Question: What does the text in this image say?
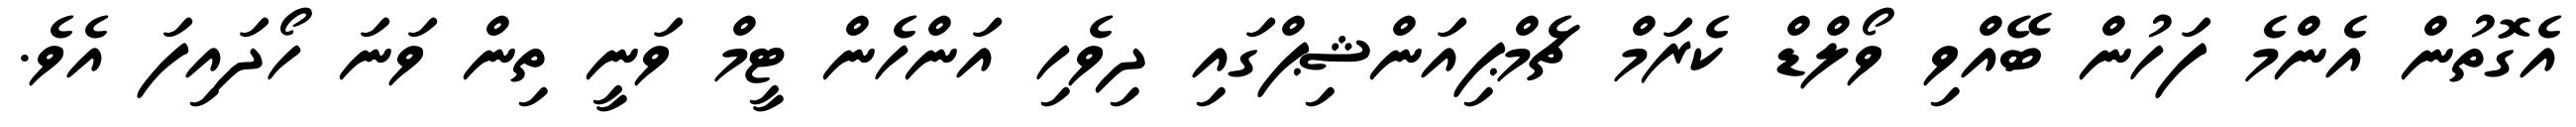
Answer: އެގޮތުން އެންމެ ފަހުން ބޭއްވި ވޯލްޑް ކެރަމް ޗެމްޕިއަންޝިޕްގައި ދިވެހި އަންހެން ޓީމް ވަނީ ތިން ވަނަ ހޯދައިފަ އެވެ.